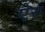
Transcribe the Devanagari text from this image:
ऐरु